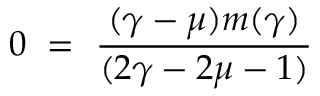
0 ~ = ~ \frac { ( \gamma - \mu ) m ( \gamma ) } { ( 2 \gamma - 2 \mu - 1 ) }